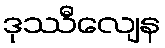
ဒုဿီလျေန